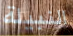
النبيلة